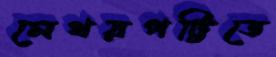
মেথরপট্টিতে